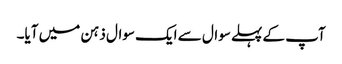
آپ کے پہلے سوال سے ایک سوال ذہن میں آیا۔